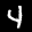
Label: 4